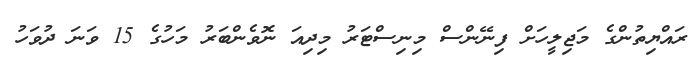
ރައްޔިތުންގެ މަޖިލީހަށް ފިނޭންސް މިނިސްޓަރު މިދިއަ ނޮވެންބަރު މަހުގެ 15 ވަނަ ދުވަހު